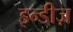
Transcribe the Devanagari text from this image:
इन्डीज़